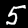
Label: 5